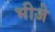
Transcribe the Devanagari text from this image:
भीजे